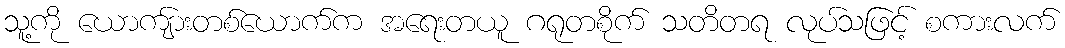
သူ့ကို ယောကျ်ားတစ်ယောက်က အရေးတယူ ဂရုတစိုက် သတိတရ လုပ်သဖြင့် စကားလက်